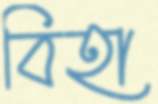
বিহা